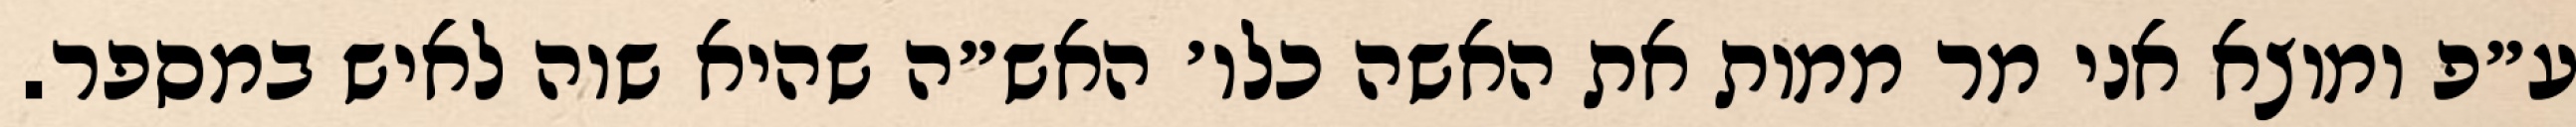
ע״פ ומוצא אני מר ממות את האשה כלו׳ האש״ה שהיא שוה לאיש במספר.